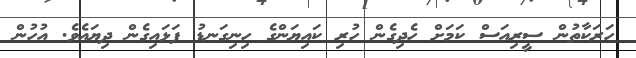
ހަރަކާތުން ސީރިއަސް ކަމަށް ހެދިގެން ހުރި ކައިޔަންގެ ހިނިގަނޑު ފަޅައިގެން ދިޔައެވެ. އުހުން